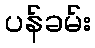
ပန်ခမ်း